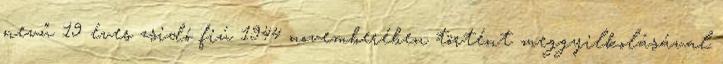
nevű 19 éves zsidó fiú 1944 novemberében történt meggyilkolásával